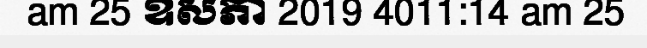
am 25 ឧសភា 2019 4011:14 am 25